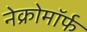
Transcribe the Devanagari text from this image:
नेक्रोमॉर्फ